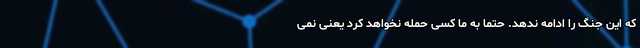
که این جنگ را ادامه ندهد. حتما به ما کسی حمله نخواهد کرد یعنی نمی